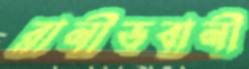
রানীভবানী